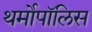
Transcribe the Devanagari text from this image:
थर्मोपॉलिस